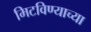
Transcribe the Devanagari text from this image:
मिटविण्याच्या